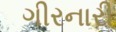
ગીરનારી